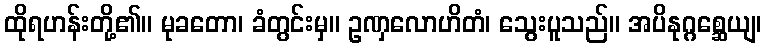
ထိုရဟန်းတို့၏။ မုခတော၊ ခံတွင်းမှ။ ဥဏှလောဟိတံ၊ သွေးပူသည်။ အပိနုဂ္ဂစ္ဆေယျ၊